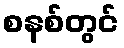
စနစ်တွင်